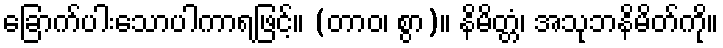
ခြောက်ပါးသောပါကာရဖြင့်။ (တာဝ၊ စွာ)။ နိမိတ္တံ၊ အသုဘနိမိတ်ကို။